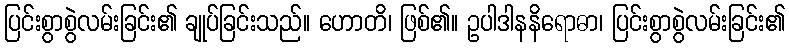
ပြင်းစွာစွဲလမ်းခြင်း၏ ချုပ်ခြင်းသည်။ ဟောတိ၊ ဖြစ်၏။ ဥပါဒါနနိရောဓာ၊ ပြင်းစွာစွဲလမ်းခြင်း၏